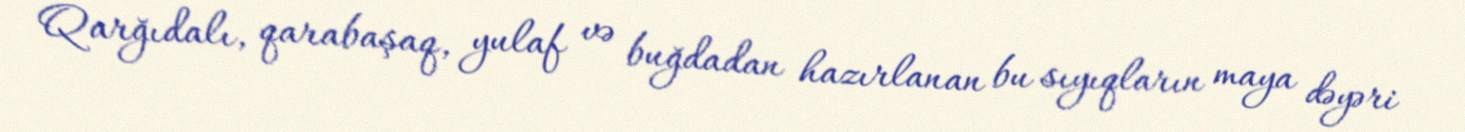
Qarğıdalı, qarabaşaq, yulaf və buğdadan hazırlanan bu sıyıqların maya dəyəri